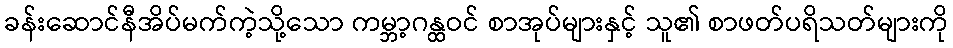
ခန်းဆောင်နီအိပ်မက်ကဲ့သို့သော ကမ္ဘာ့ဂန္ထဝင် စာအုပ်များနှင့် သူ၏ စာဖတ်ပရိသတ်များကို